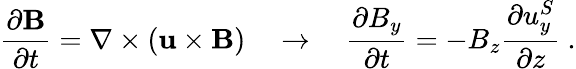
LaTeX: \frac{\partial\mathbf{B}}{\partial t}=\nabla\times(\mathbf{u}\times\mathbf{B})\quad\rightarrow\quad\frac{\partial B_{y}}{\partial t}=-B_{z}\frac{\partial u_{y}^{S}}{\partial z}~.